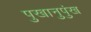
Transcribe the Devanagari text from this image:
पुखानुपुंख